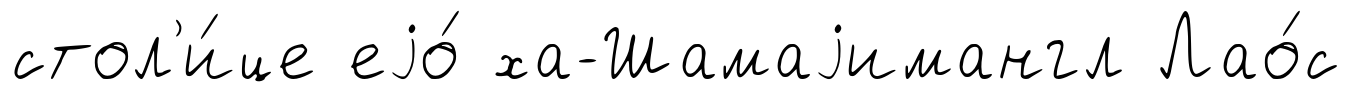
стол'и́це еjо́ ха-Шамаjимангл Лао́с